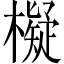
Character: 𣝅